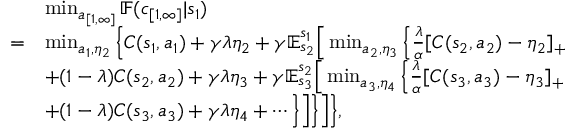
\begin{array} { r l } & { \operatorname* { m i n } _ { a _ { [ 1 , \infty ] } } \mathbb { F } ( c _ { [ 1 , \infty ] } | s _ { 1 } ) } \\ { = } & { \operatorname* { m i n } _ { a _ { 1 } , \eta _ { 2 } } \Big \{ C ( s _ { 1 } , a _ { 1 } ) + \gamma \lambda \eta _ { 2 } + \gamma \mathbb { E } _ { s _ { 2 } } ^ { s _ { 1 } } \Big [ \operatorname* { m i n } _ { a _ { 2 } , \eta _ { 3 } } \Big \{ \frac { \lambda } { \alpha } [ C ( s _ { 2 } , a _ { 2 } ) - \eta _ { 2 } ] _ { + } } \\ & { + ( 1 - \lambda ) C ( s _ { 2 } , a _ { 2 } ) + \gamma \lambda \eta _ { 3 } + \gamma \mathbb { E } _ { s _ { 3 } } ^ { s _ { 2 } } \Big [ \operatorname* { m i n } _ { a _ { 3 } , \eta _ { 4 } } \Big \{ \frac { \lambda } { \alpha } [ C ( s _ { 3 } , a _ { 3 } ) - \eta _ { 3 } ] _ { + } } \\ & { + ( 1 - \lambda ) C ( s _ { 3 } , a _ { 3 } ) + \gamma \lambda \eta _ { 4 } + \cdots \Big \} \Big ] \Big \} \Big ] \Big \} , } \end{array}